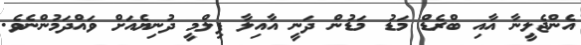
އެންޖެލީނާ އާއި ބްރެޑް މަޑު މަޑުން ދަނީ އާއިލާ ފިލްމީ ދުނިޔެއަށް ވައްދަމުންނެވެ.